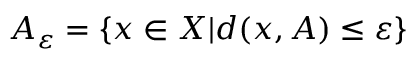
A _ { \varepsilon } = \{ x \in X | d ( x , A ) \leq \varepsilon \}